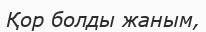
Қор болды жаным,